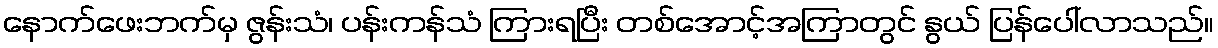
နောက်ဖေးဘက်မှ ဇွန်းသံ၊ ပန်းကန်သံ ကြားရပြီး တစ်အောင့်အကြာတွင် နွယ် ပြန်ပေါ်လာသည်။